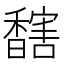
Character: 𩡔